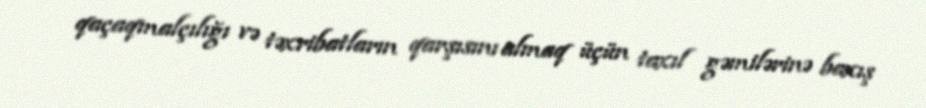
qaçaqmalçılığı və təxribatların qarşısını almaq üçün taxıl gəmilərinə baxış